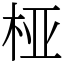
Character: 桠